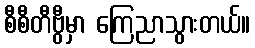
စီစီတီဗွီမှာ ကြေညာသွားတယ်။